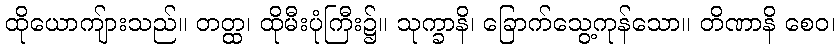
ထိုယောကျ်ားသည်။ တတ္ထ၊ ထိုမီးပုံကြီး၌။ သုက္ခာနိ၊ ခြောက်သွေ့ကုန်သော။ တိဏာနိ စေဝ၊